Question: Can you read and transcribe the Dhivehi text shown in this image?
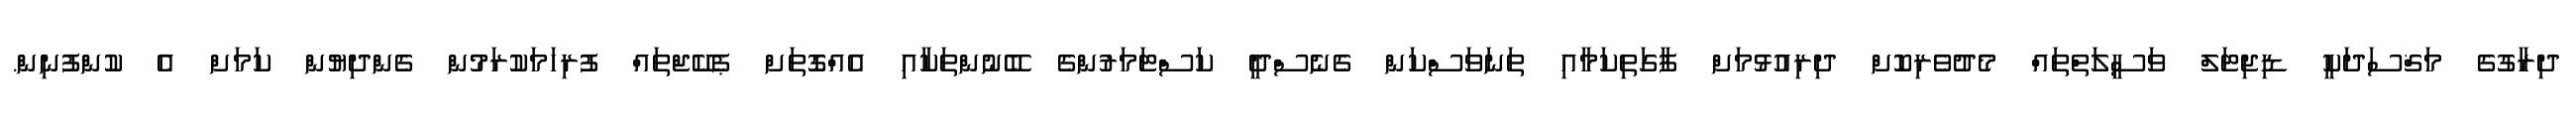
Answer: ދިރާގުގެ މަޤްސަދަކީ ޑިޖިޓަލް ވަސީލަތްތައް މެދުވެރިކޮށް ދިރިއުޅުމަށް ފާގަތިކަމާއި ތަނަވަސްކަން ގެނެސްދީ ކަސްޓަމަރުންގެ ބޭނުންތަކާއި އެއްގޮތަށް ޕެކޭޖްތައް ފުރިހަމަކުރަމުން ގެންދިޔުން ކަމަށް އެ ކުންފުނިން.